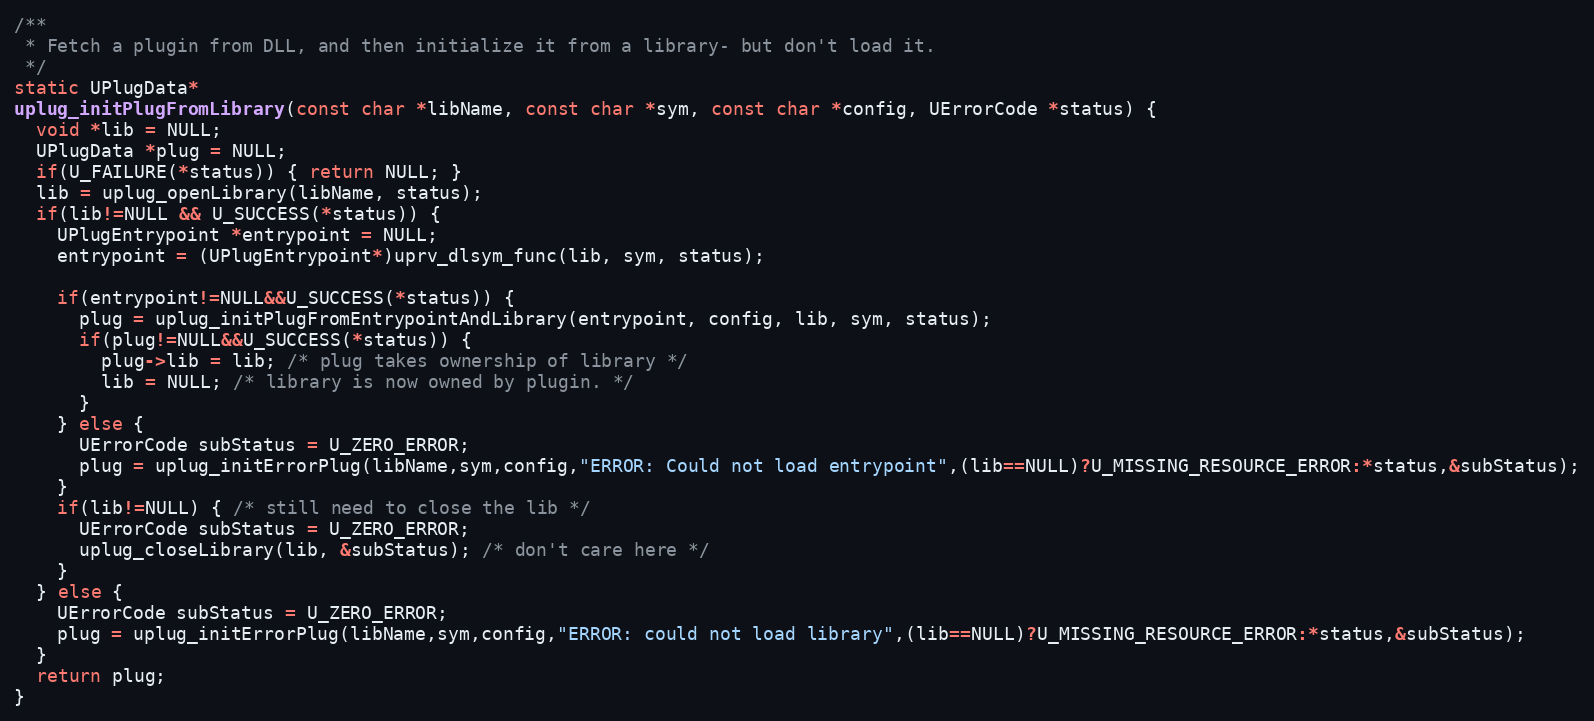
Language: C++
/**
 * Fetch a plugin from DLL, and then initialize it from a library- but don't load it.
 */
static UPlugData*
uplug_initPlugFromLibrary(const char *libName, const char *sym, const char *config, UErrorCode *status) {
  void *lib = NULL;
  UPlugData *plug = NULL;
  if(U_FAILURE(*status)) { return NULL; }
  lib = uplug_openLibrary(libName, status);
  if(lib!=NULL && U_SUCCESS(*status)) {
    UPlugEntrypoint *entrypoint = NULL;
    entrypoint = (UPlugEntrypoint*)uprv_dlsym_func(lib, sym, status);

    if(entrypoint!=NULL&&U_SUCCESS(*status)) {
      plug = uplug_initPlugFromEntrypointAndLibrary(entrypoint, config, lib, sym, status);
      if(plug!=NULL&&U_SUCCESS(*status)) {
        plug->lib = lib; /* plug takes ownership of library */
        lib = NULL; /* library is now owned by plugin. */
      }
    } else {
      UErrorCode subStatus = U_ZERO_ERROR;
      plug = uplug_initErrorPlug(libName,sym,config,"ERROR: Could not load entrypoint",(lib==NULL)?U_MISSING_RESOURCE_ERROR:*status,&subStatus);
    }
    if(lib!=NULL) { /* still need to close the lib */
      UErrorCode subStatus = U_ZERO_ERROR;
      uplug_closeLibrary(lib, &subStatus); /* don't care here */
    }
  } else {
    UErrorCode subStatus = U_ZERO_ERROR;
    plug = uplug_initErrorPlug(libName,sym,config,"ERROR: could not load library",(lib==NULL)?U_MISSING_RESOURCE_ERROR:*status,&subStatus);
  }
  return plug;
}